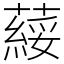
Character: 䕑